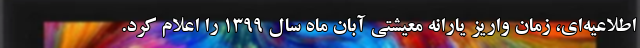
اطلاعیه‌ای، زمان واریز یارانه معیشتی آبان ماه سال ۱۳۹۹ را اعلام کرد.